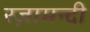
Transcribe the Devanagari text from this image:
रज़ामन्दी